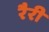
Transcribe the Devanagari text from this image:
रैरी